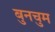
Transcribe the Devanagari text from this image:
बुनचुम